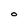
Character: O